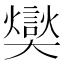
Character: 𪥢